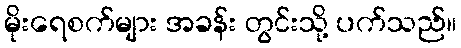
မိုးရေစက်များ အခန်း တွင်းသို့ ပက်သည်။